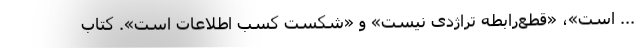
... است»، «قطع‌رابطه تراژدی نیست» و «شکست کسبِ اطلاعات است». کتاب